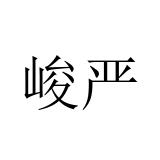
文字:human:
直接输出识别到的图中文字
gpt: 峻严